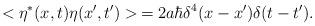
LaTeX: \begin{align*}< \eta^{*} (x,t) \eta (x',t') > \, = 2a \hbar \delta^4 (x-x') \delta (t-t') .\end{align*}